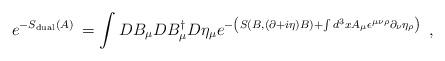
LaTeX: \begin{align*}e^{-S_{{\rm dual}}(A)\;}=\int DB_\mu DB_\mu ^{\dagger }D\eta _\mu e^{-\left(S(B,(\partial +i\eta )B)+\int d^3xA_\mu \epsilon ^{\mu \nu \rho }\partial_\nu \eta _\rho \right) \;}\;, \end{align*}